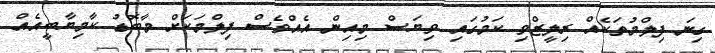
ގިނަ ފިލްމުތަކެއް ރިލީޒްވި ކަމުގައި ވިޔަސް މިއިން އެއްވެސް ފިލްމަކަށް މާބޮޑު ކާމިޔާބީއެއް